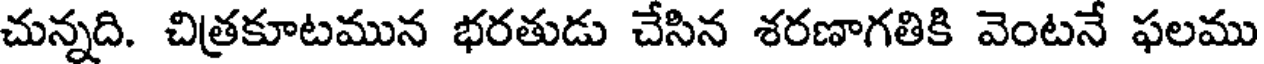
చున్నది. చిత్రకూటమున భరతుడు చేసిన శరణాగతికి వెంటనే ఫలము